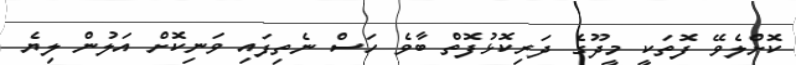
ކޮށްލެވޭ ފޮތަކީ މީދޫގެ ދަރިކޮޅުފޮތް ބާވެ ހަސް ނެތިފައި ވަނިކޮށް އަލުން ލިޔެ